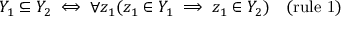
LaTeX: Y _ { 1 } \subseteq Y _ { 2 } \iff \forall z _ { 1 } ( z _ { 1 } \in Y _ { 1 } \implies z _ { 1 } \in Y _ { 2 } ) \quad { \mathrm { ( r u l e ~ 1 ) } }